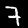
Digit: 7